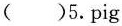
( )5.pig